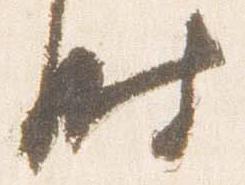
時